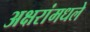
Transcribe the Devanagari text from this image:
अक्षरांमधले